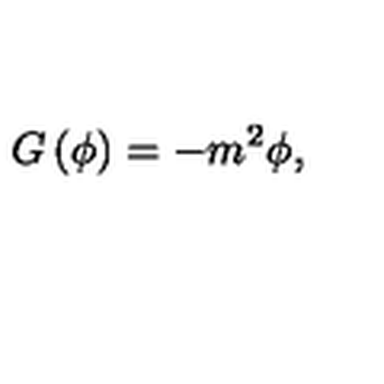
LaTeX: G \left( \phi \right) = - m ^ { 2 } \phi ,